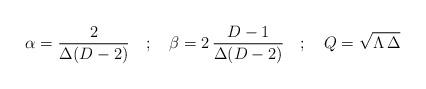
LaTeX: \begin{align*}\alpha = \frac{2}{\Delta (D-2)} \quad ; \quad \beta =2\, \frac{D-1}{\Delta(D-2)}\quad ; \quad Q= \sqrt{\Lambda \, \Delta}\end{align*}